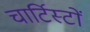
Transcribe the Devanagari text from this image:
चार्टिस्टों